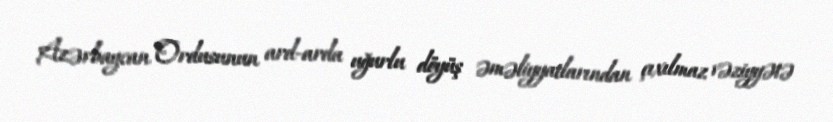
Azərbaycan Ordusunun ard-arda uğurlu döyüş əməliyyatlarından çıxılmaz vəziyyətə